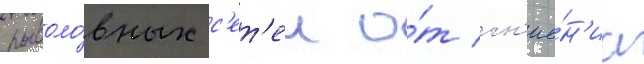
рыболо́вных с'ет'еи о́т гн'ие́н'иа